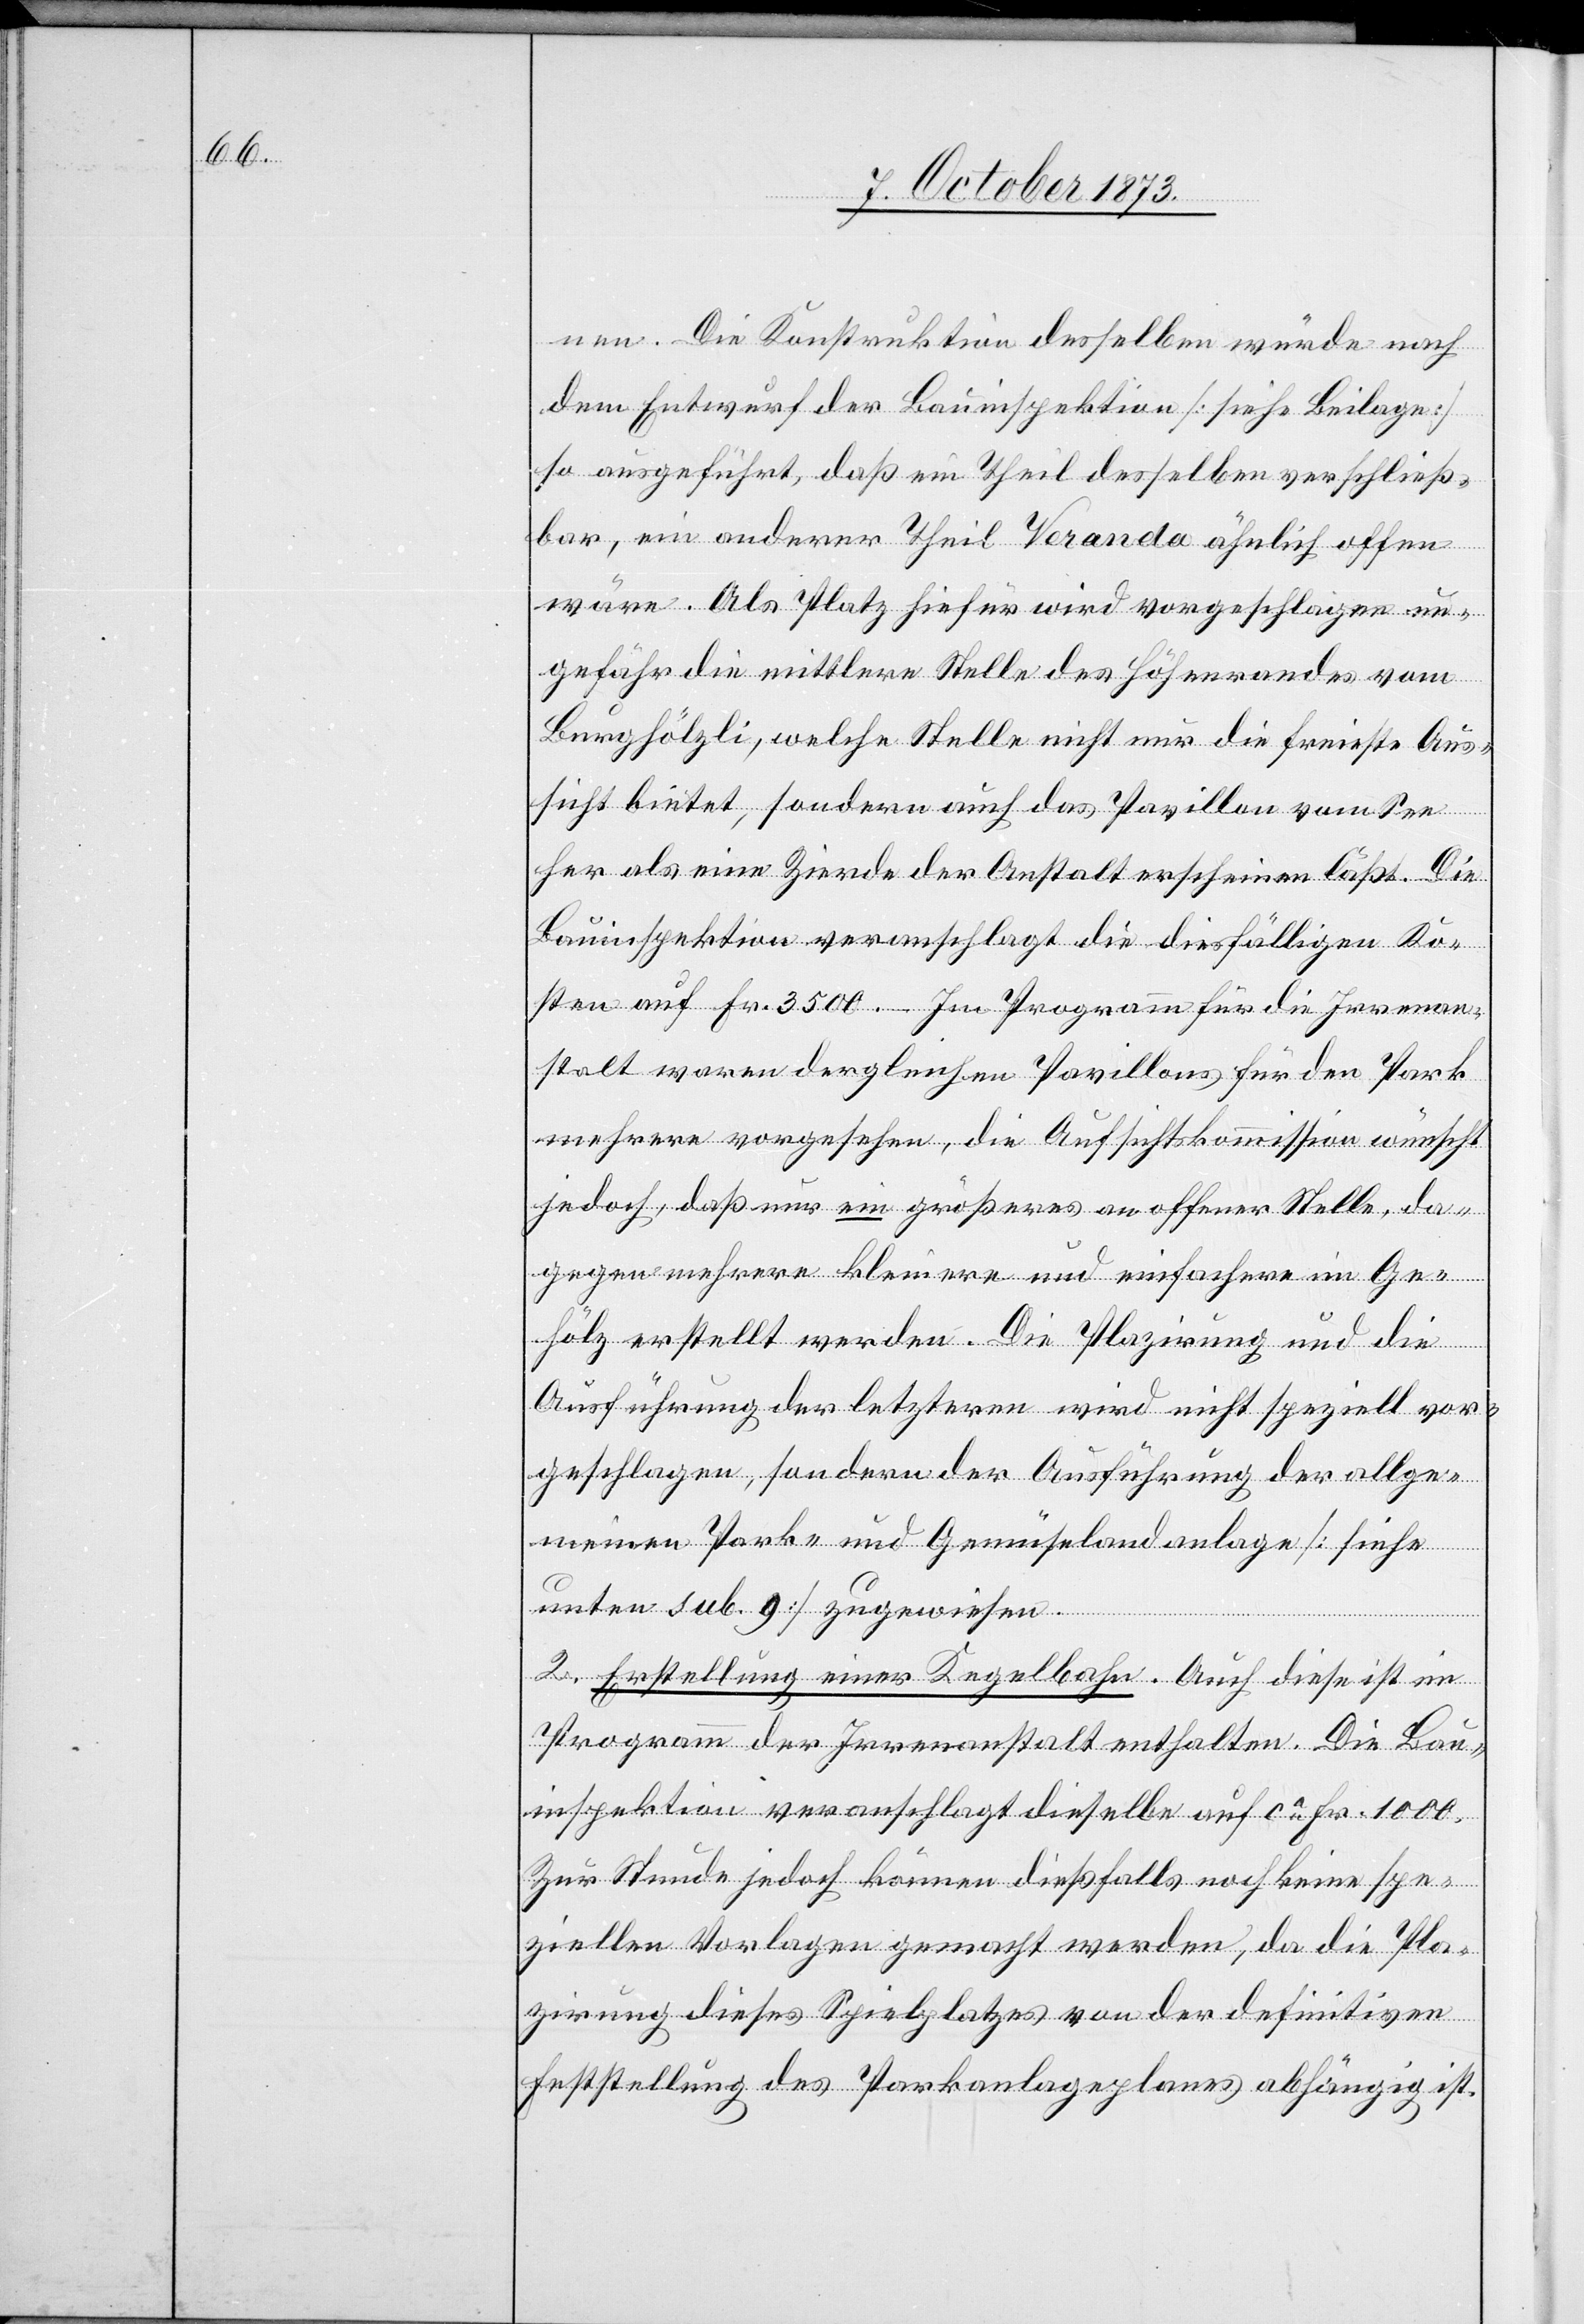
nen. Die Konstruktion desselben würde nach
dem Entwurf der Bauinspektion [siehe Beilage]
so ausgeführt, daß ein Theil desselben verschließ¬
bar, ein anderer Theil Veranda ähnlich offen
wäre. Als Platz hiefür wird vorgeschlagen un¬
gefähr die mittlere Stelle des Höhenrandes vom
Burghölzli, welche Stelle nicht nur die freieste Aus¬
sicht bietet, sondern auch das Pavillon vom See
her als eine Zierde der Anstalt erscheinen läßt. Die
Bauinspektion veranschlagt die diesfälligen Ko¬
sten auf Fr. 3 500. – Im Programm für die Irrenan¬
stalt waren dergleichen Pavillons für den Park
mehrere vorgesehen, die Aufsichtskommission wünscht
jedoch, daß nur ein größeres an offener Stelle, da¬
gegen mehrere kleinere und einfachere im Ge¬
hölz erstellt werden. Die Plazirung und die
Ausführung der letzteren wird nicht speziell vor¬
geschlagen, sondern der Ausführung der allge¬
meinen Park- und Gemüselandanlage [siehe
unten sub. 9] zugewiesen.
2. Erstellung einer Kegelbahn. Auch diese ist im
Programm der Irrenanstalt enthalten. Die Bau¬
inspektion veranschlagt dieselbe auf ca Fr. 1 000.
Zur Stunde jedoch können dießfalls noch keine spe¬
ziellen Vorlagen gemacht werden, da die Pla¬
zirung dieses Spielplatzes von der definitiven
Feststellung des Parkanlageplanes abhängig ist.